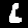
Digit: 6